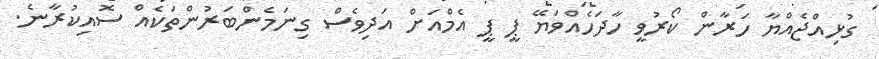
ގުޅިއްޖެއްޔާ ހަރާން ކޯރުވީ ހާދަހެއްވަޔޭ ޕީ ޕީ އެމްއަށް އަދިވެސް ގިނަމެންބަރުންތަކެއް ސޮއިކުރާނެ.